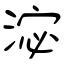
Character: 淧